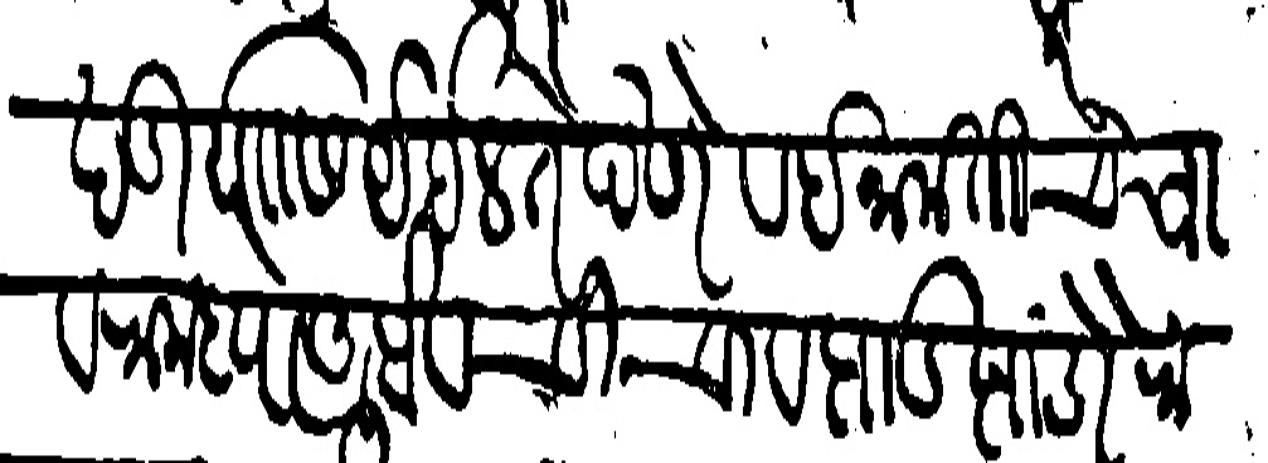
Transliteration (Devanagari): खंडीयासि येईल ते देणे व इनामतीचे चावरामध्ये आंबे व चिंचा व झाडझाडोरा